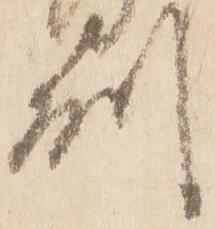
州